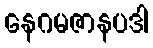
နေဂမဇာနပဒါ